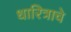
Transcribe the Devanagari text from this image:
धारित्राचे